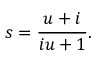
s = { \frac { u + i } { i u + 1 } } .